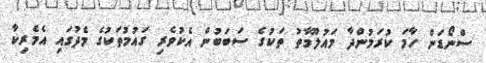
ސްނޯޑަން ހާމަ ކުރަމުންދާ މައުލޫމާތު ތަކުގެ ސަބަބުން އެކުވެރި ގައުމުތަކުގެ މެދުގައި އެމެރިކާ